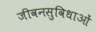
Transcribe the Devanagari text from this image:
जीवनसुविधाओं